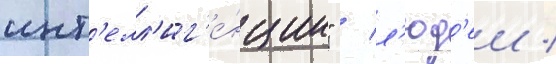
инт'елл'иг'е́нции" / л'юд'еи /